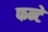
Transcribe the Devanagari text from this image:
फन्टे